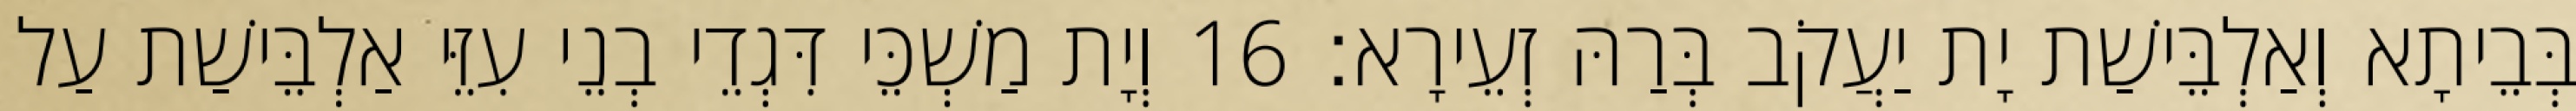
בְּבֵיתָא וְאַלְבֵּישַׁת יָת יַעֲקֹב בְּרַהּ זְעֵירָא׃ 16 וְיָת מַשְׁכֵּי דִּגְדֵי בְנֵי עִזֵּי אַלְבֵּישַׁת עַל